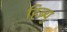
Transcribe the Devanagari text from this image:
हिब्र्यु